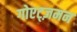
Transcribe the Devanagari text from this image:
गोएट्ज़मन